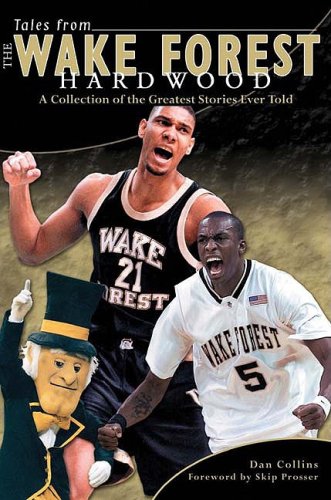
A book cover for Tales from the Wake Forest Hardwood; Dan Collins; Sports & Outdoors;